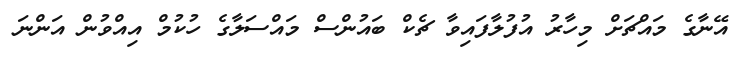
އޭނާގެ މައްޗަށް މިހާރު އުފުލާފައިވާ ޗެކް ބައުންސް މައްސަލާގެ ހުކުމް އިއްވުން އަންނަ